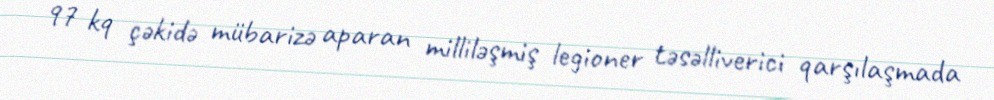
97 kq çəkidə mübarizə aparan milliləşmiş legioner təsəlliverici qarşılaşmada